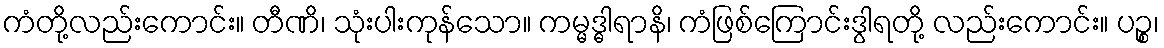
ကံတို့လည်းကောင်း။ တီဏိ၊ သုံးပါးကုန်သော။ ကမ္မဒ္ဓါရာနိ၊ ကံဖြစ်ကြောင်းဒွါရတို့ လည်းကောင်း။ ပဉ္စ၊